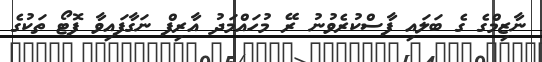
ނާޒިމްގެ ގެ ބަލައި ފާސްކުރެވުނު ރޭ މުހައްމަދު އާރިފް ނަގާފައިވާ ފޮޓޯ ތަކުގެ